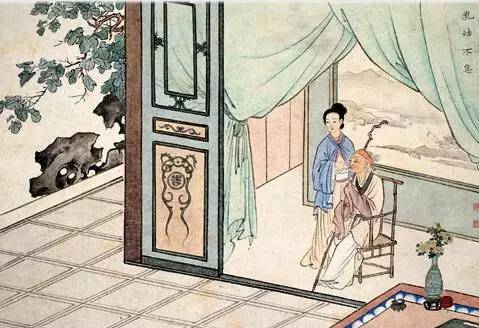
见面怜清瘦，呼儿问苦辛。